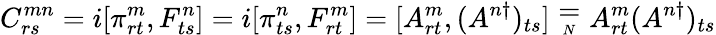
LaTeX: C_{rs}^{mn}=i[\pi_{rt}^{m},F_{ts}^{n}]=i[\pi_{ts}^{n},F_{rt}^{m}]=[A_{rt}^{m},(A^{n\dagger})_{ts}]\stackrel{_{\textstyle=}}{_{_{N}}}A_{rt}^{m}(A^{n\dagger})_{ts}